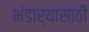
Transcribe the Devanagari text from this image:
भंडार्‍यासाठी